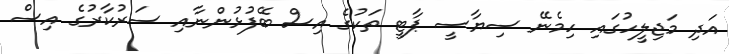
އަދި މަޖިލީހުގައި ހިމެނޭ ސިޔާސީ ޕާޓީ ތަކުގެ އިސް ބޭފުޅުންނާއި ސަރުކާރުގެ އިސް